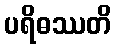
ပရိဓဿတိ